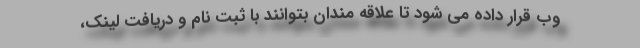
وب قرار داده می شود تا علاقه مندان بتوانند با ثبت نام و دریافت لینک،